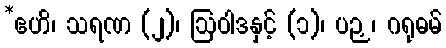
*ဧဟိ၊ သရဏ (၂)၊ ဩဝါဒနှင့် (၁)၊ ပဉှ၊ ဂရုဓမ်